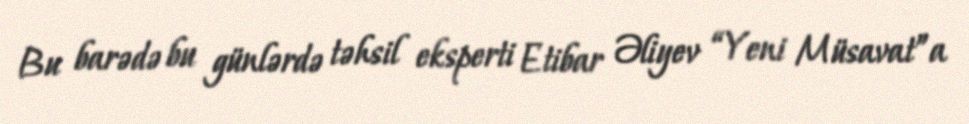
Bu barədə bu günlərdə təhsil eksperti Etibar Əliyev “Yeni Müsavat”a